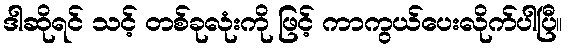
ဒါဆိုရင် သင့် တစ်ခုလုံးကို ဖြင့် ကာကွယ်ပေးလိုက်ပါပြီ။